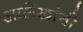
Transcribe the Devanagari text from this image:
आलेखांची